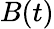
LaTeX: B(t)